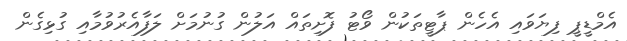
އެމްޑީޕީ ފިޔަވައި އެހެން ޕާޓީތަކުން ވޯޓު ފޮށިތައް އަލުން ގުނުމަށް ލަފާއެރުވުމާއި ގުޅިގެން